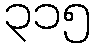
၃၁၅